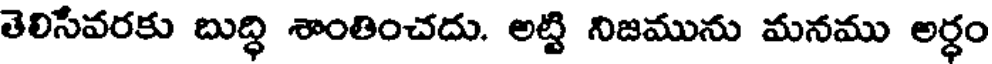
తెలిసేవరకు బుద్ధి శాంతించదు. అట్టి నిజమును మనము అర్ధం